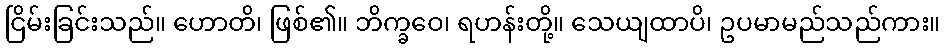
ငြိမ်းခြင်းသည်။ ဟောတိ၊ ဖြစ်၏။ ဘိက္ခဝေ၊ ရဟန်းတို့။ သေယျထာပိ၊ ဥပမာမည်သည်ကား။